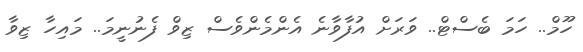
ހޫމް.. ހަމަ ބެސްޓް.. ވަރަށް އުފާވާނެ އެންމެންވެސް ޒިވް ފެނުނީމަ.. މައިހާ ޒިވާ